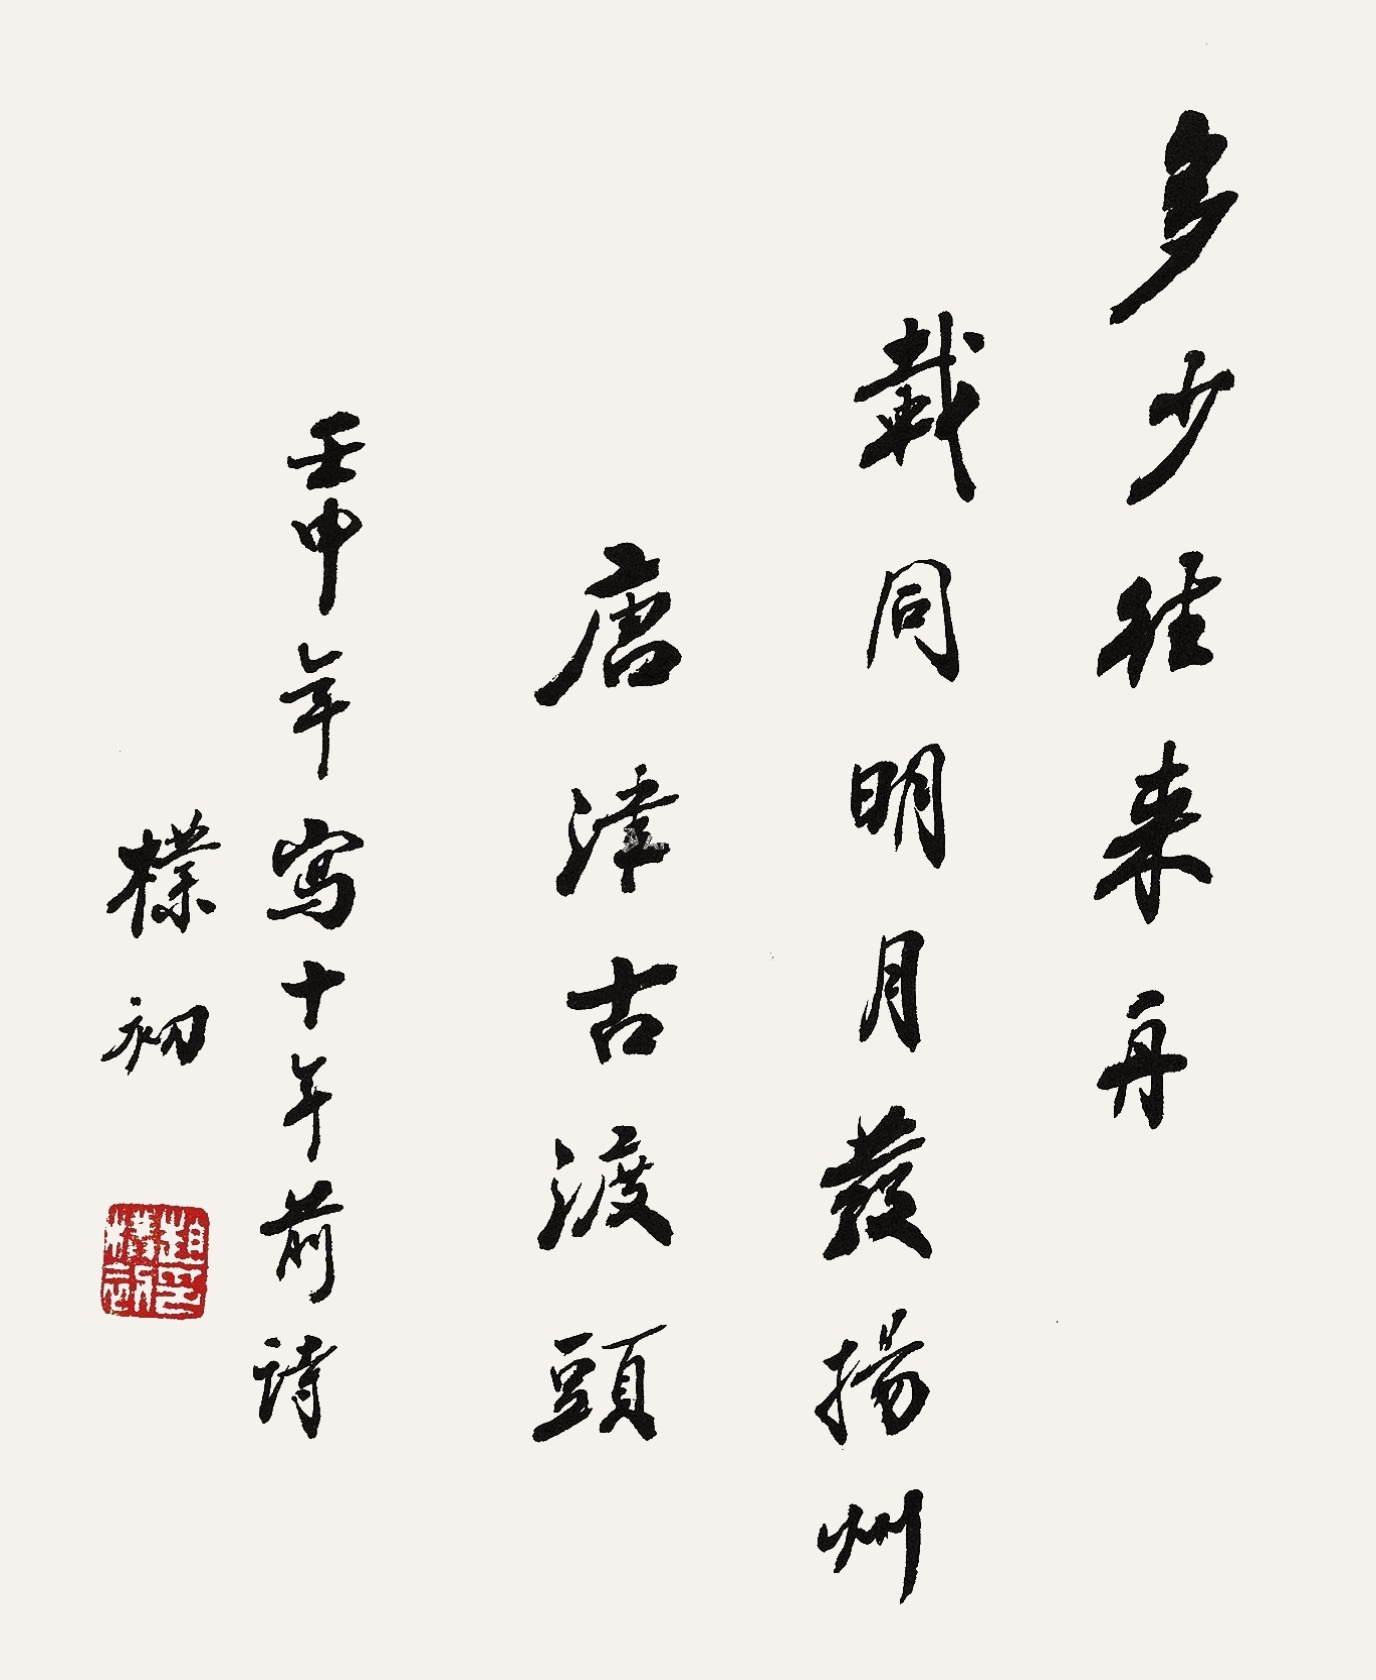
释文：多少往来舟，载同明月发扬州。唐津古渡头。壬申年写时年前诗，朴初。